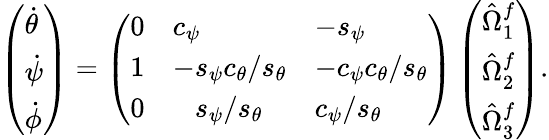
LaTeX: \left(\begin{array}{l}{\dot{\theta}}\\ {\dot{\psi}}\\ {\dot{\phi}}\end{array}\right)=\left(\begin{array}{lll}{0}&{c_{\psi}}&{-s_{\psi}}\\ {1}&{-s_{\psi}c_{\theta}/s_{\theta}}&{-c_{\psi}c_{\theta}/s_{\theta}}\\ {0}&{\hphantom{+}s_{\psi}/s_{\theta}}&{c_{\psi}/s_{\theta}}\end{array}\right)\left(\begin{array}{l}{\hat{\Omega}_{1}^{f}}\\ {\hat{\Omega}_{2}^{f}}\\ {\hat{\Omega}_{3}^{f}}\end{array}\right).